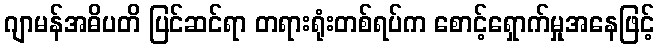
ဂျာမန်အဓိပတိ ပြင်ဆင်ရာ တရားရုံးတစ်ရပ်က စောင့်ရှောက်မှုအနေဖြင့်